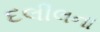
દલીલના